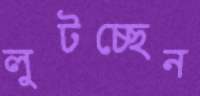
লুটচ্ছেন